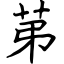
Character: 苐